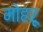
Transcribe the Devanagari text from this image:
मोहरू